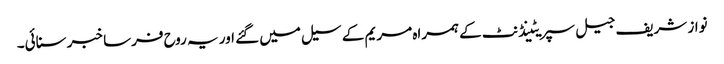
نواز شریف جیل سپریٹینڈنٹ کے ہمراہ مریم کے سیل میں گئے اور یہ روح فرسا خبر سنائی۔